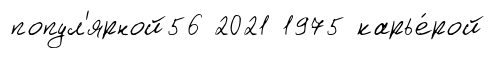
попул'ярной56 2021 1975 карье́рой